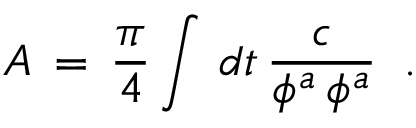
{ \cal A } \, = \, \frac { \pi } { 4 } \int \, d t \, { \frac { c } { \phi ^ { a } \, \phi ^ { a } } } \; \; .